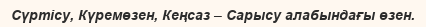
Сүртісу, Күремөзен, Кеңсаз – Сарысу алабындағы өзен.